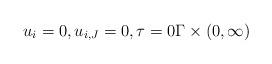
LaTeX: \begin{align*}u_i = 0, u_{i,J} = 0, \tau = 0 \Gamma \times (0, \infty)\end{align*}